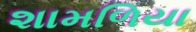
શામળિયા